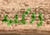
الكلية